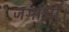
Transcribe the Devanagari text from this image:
जगाओ।